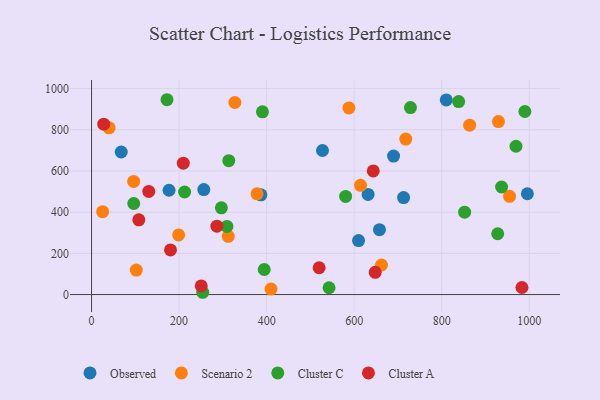
{"axis": {"x": "Investment", "y": "Salary"}, "legend": ["Cluster A", "Cluster C", "Observed", "Scenario 2"], "data": [{"x": "995.7", "y": 489.4, "type": "Observed"}, {"x": "177.0", "y": 506.5, "type": "Observed"}, {"x": "810.4", "y": 944.9, "type": "Observed"}, {"x": "386.9", "y": 484.4, "type": "Observed"}, {"x": "631.8", "y": 486.3, "type": "Observed"}, {"x": "712.9", "y": 470.7, "type": "Observed"}, {"x": "690.0", "y": 672.4, "type": "Observed"}, {"x": "610.0", "y": 262.2, "type": "Observed"}, {"x": "67.8", "y": 692.1, "type": "Observed"}, {"x": "256.5", "y": 509.7, "type": "Observed"}, {"x": "527.6", "y": 699.5, "type": "Observed"}, {"x": "657.8", "y": 314.8, "type": "Observed"}, {"x": "40.1", "y": 809.6, "type": "Scenario 2"}, {"x": "102.2", "y": 119.1, "type": "Scenario 2"}, {"x": "662.5", "y": 143.6, "type": "Scenario 2"}, {"x": "96.2", "y": 549.5, "type": "Scenario 2"}, {"x": "410.0", "y": 26.6, "type": "Scenario 2"}, {"x": "588.0", "y": 906.0, "type": "Scenario 2"}, {"x": "955.0", "y": 477.0, "type": "Scenario 2"}, {"x": "863.8", "y": 822.4, "type": "Scenario 2"}, {"x": "717.9", "y": 755.0, "type": "Scenario 2"}, {"x": "378.1", "y": 489.1, "type": "Scenario 2"}, {"x": "25.3", "y": 402.6, "type": "Scenario 2"}, {"x": "614.5", "y": 530.3, "type": "Scenario 2"}, {"x": "327.4", "y": 932.5, "type": "Scenario 2"}, {"x": "312.3", "y": 282.7, "type": "Scenario 2"}, {"x": "198.9", "y": 289.7, "type": "Scenario 2"}, {"x": "929.6", "y": 839.6, "type": "Scenario 2"}, {"x": "728.6", "y": 908.0, "type": "Cluster C"}, {"x": "580.4", "y": 476.3, "type": "Cluster C"}, {"x": "296.6", "y": 421.2, "type": "Cluster C"}, {"x": "309.2", "y": 331.0, "type": "Cluster C"}, {"x": "394.5", "y": 121.7, "type": "Cluster C"}, {"x": "990.0", "y": 888.7, "type": "Cluster C"}, {"x": "212.6", "y": 498.0, "type": "Cluster C"}, {"x": "838.7", "y": 936.9, "type": "Cluster C"}, {"x": "542.6", "y": 33.1, "type": "Cluster C"}, {"x": "936.8", "y": 522.2, "type": "Cluster C"}, {"x": "927.9", "y": 295.2, "type": "Cluster C"}, {"x": "852.4", "y": 400.1, "type": "Cluster C"}, {"x": "172.4", "y": 945.9, "type": "Cluster C"}, {"x": "254.0", "y": 11.1, "type": "Cluster C"}, {"x": "969.7", "y": 720.1, "type": "Cluster C"}, {"x": "313.5", "y": 649.8, "type": "Cluster C"}, {"x": "96.4", "y": 442.1, "type": "Cluster C"}, {"x": "390.4", "y": 887.3, "type": "Cluster C"}, {"x": "648.0", "y": 108.1, "type": "Cluster A"}, {"x": "180.4", "y": 216.6, "type": "Cluster A"}, {"x": "983.3", "y": 34.3, "type": "Cluster A"}, {"x": "250.6", "y": 41.9, "type": "Cluster A"}, {"x": "27.8", "y": 827.2, "type": "Cluster A"}, {"x": "130.7", "y": 500.6, "type": "Cluster A"}, {"x": "643.6", "y": 600.1, "type": "Cluster A"}, {"x": "209.6", "y": 637.8, "type": "Cluster A"}, {"x": "286.4", "y": 332.2, "type": "Cluster A"}, {"x": "108.0", "y": 363.0, "type": "Cluster A"}, {"x": "520.0", "y": 130.2, "type": "Cluster A"}]}